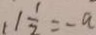
1 \frac { 1 } { 2 } = - a